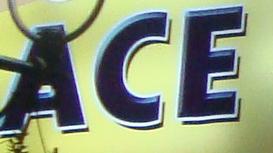
ace